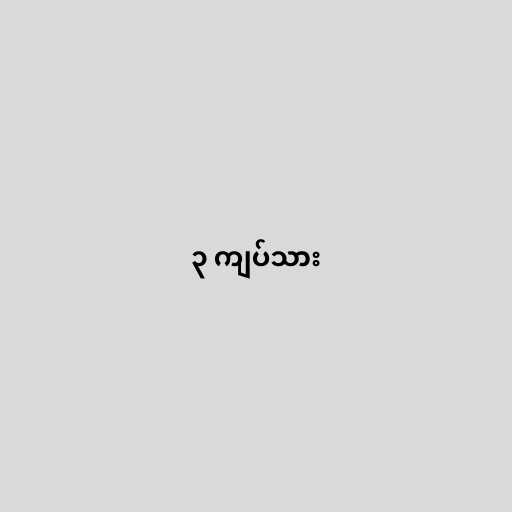
၃ ကျပ်သား